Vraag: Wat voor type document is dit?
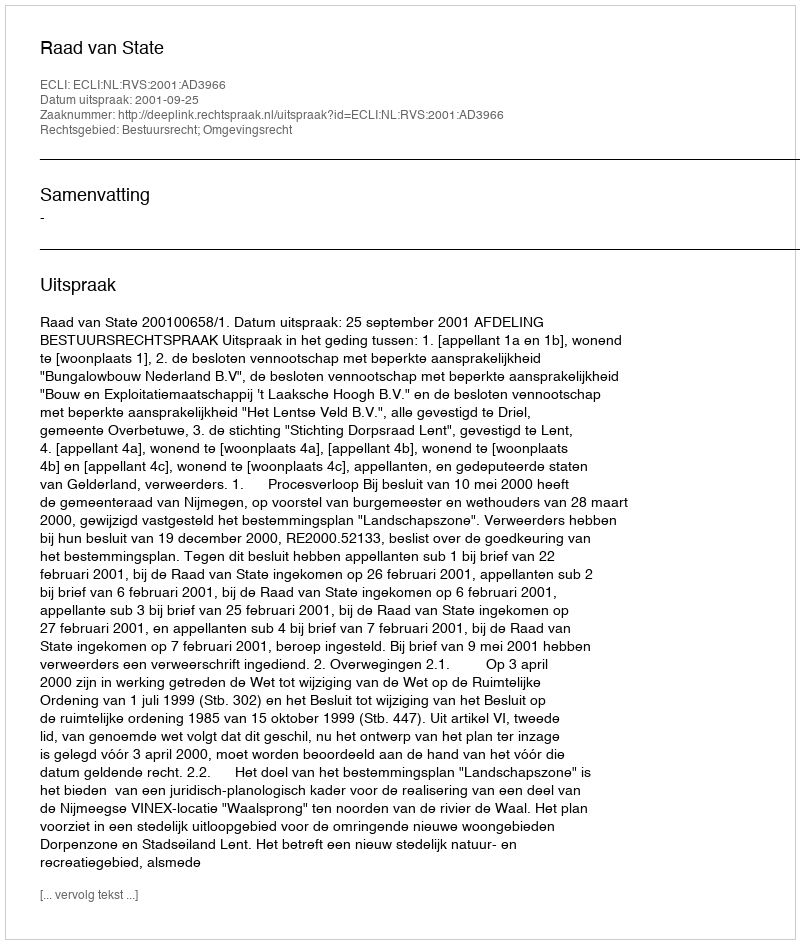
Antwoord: Uitspraak